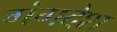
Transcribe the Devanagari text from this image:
गंगदेश